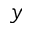
y